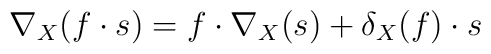
\nabla_{X} (f\cdot s) = f\cdot \nabla_{X}(s) + \delta_{X}(f)\cdot s